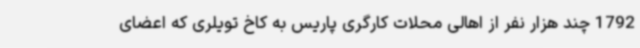
1792 چند هزار نفر از اهالی محلات کارگری پاریس به کاخ تویلری که اعضای